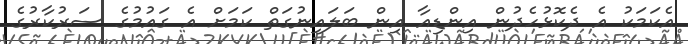
އެކަމަކު އެ ދެކޮޅުހެދުން އިންޑިއާ އިން ބަލައިނުގަތް ކަމަށް އެ ގައުމުގެ ސަރުކާރުގެ